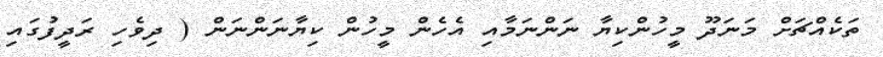
ތަކެއްޗަށް މަނަދޫ މީހުންކިޔާ ނަންނަމާއި އެހެން މީހުން ކިޔާނަންނަން ( ދިވެހި ރަދީފުގައި